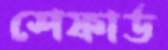
শেফার্ড